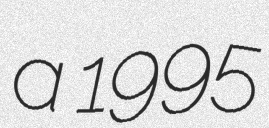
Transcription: a 1995